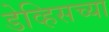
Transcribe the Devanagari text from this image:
डेव्हिसच्या